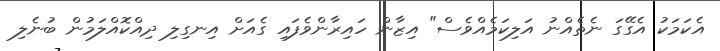
އެކަމަކު އެގޭގަ ނެތެއްނު އަލިކަމެއްވެސް" އިޒާން ހައިރާންވެފައި ގެއަށް އިނގިލި ދިއްކޮއްލަމުން ބުނެލި